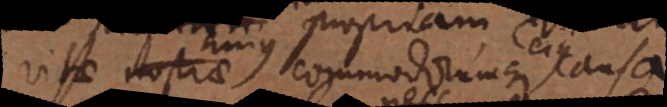
vitae nostrae commodorumque causa